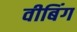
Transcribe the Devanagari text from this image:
वीबिंग